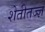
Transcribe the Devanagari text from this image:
शेतीतज्‍ज्ञ